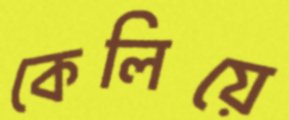
কেলিয়ে